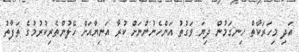
އަދި މިހަރަކާތް ހިނގަމުން ދިޔަ ވަގުތު އަންހެނުންނަށް ކުރާ އަނިޔާއަށް ހޭލުންތެރިކުރުމުގެ ތަފާތު